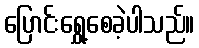
ပြောင်းရွှေ့စေခဲ့ပါသည်။